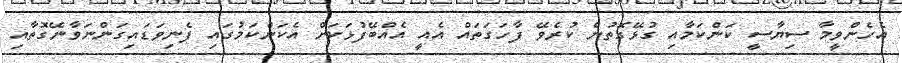
އެހެންވީމާ ސިޔާސީ ކަންކަމާއި ގުޅޭގޮތުން ކުރެވޭ ފާހަގަތައް އެއީ އެއްބޭފުޅަކަށް އެކަންކަމުގައި ފެނިވަޑައިގަންނަވާނޭގޮތާއި